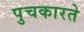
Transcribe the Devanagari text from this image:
पुचकारते